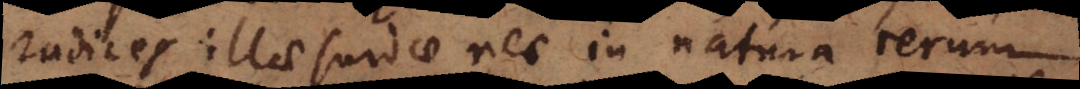
radices illae surdae nec in natura rerum